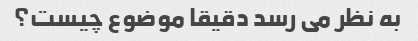
به نظر می رسد دقیقا موضوع چیست؟